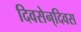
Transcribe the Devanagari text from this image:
दिवसेन्‌दिवस